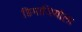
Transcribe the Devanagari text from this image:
डिमाजियोला